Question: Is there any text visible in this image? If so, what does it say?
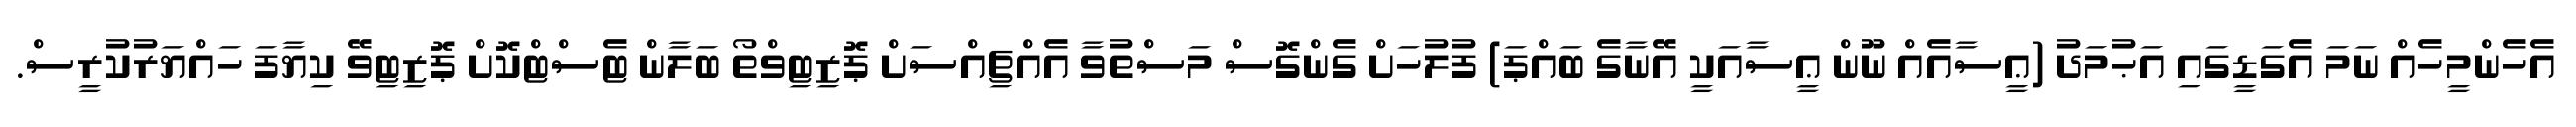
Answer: އެހެންމީހެއް ނަމަ އެގަޑީގައި އަޙުމަދު (ޢީސާއެއް ނޫން ޢީސާއަކީ އޭނާގެ ބައްޕަ) ފުލުހަށް ގެންގޮސް މަސްތުވާ އެއްޗިއްސަށް ޕޮޒިޓިވްތޯ ބަލާން ޓެސްޓްކޮށް ޕޮޒިޓިވޭ ކިޔާފަ ހައްޔަރުކުރީސް.